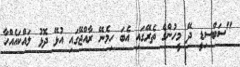
"ސަބްސިޑީ ދޭ މީހުންގެ ތެރޭގައި އެބަ ހިމެނޭ ރާއްޖޭގައި އުޅޭ ދޮޅު ލައްކައެއްހާ